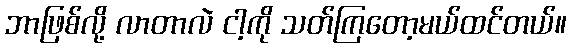
ဘာဖြစ်လို့ လာတာလဲ ငါ့ကို သတ်ကြတော့မယ်ထင်တယ်။